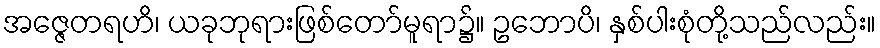
အဇ္ဇေတရဟိ၊ ယခုဘုရားဖြစ်တော်မူရာ၌။ ဥဘောပိ၊ နှစ်ပါးစုံတို့သည်လည်း။